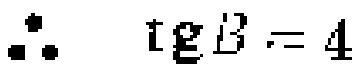
\(\therefore \ \mathrm{tg} B = 4\)